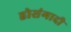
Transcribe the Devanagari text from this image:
होसंगादी